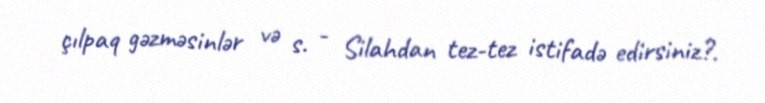
çılpaq gəzməsinlər və s. - Silahdan tez-tez istifadə edirsiniz?.